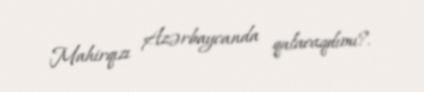
Mahirqızı Azərbaycanda qalacaqdımı?.